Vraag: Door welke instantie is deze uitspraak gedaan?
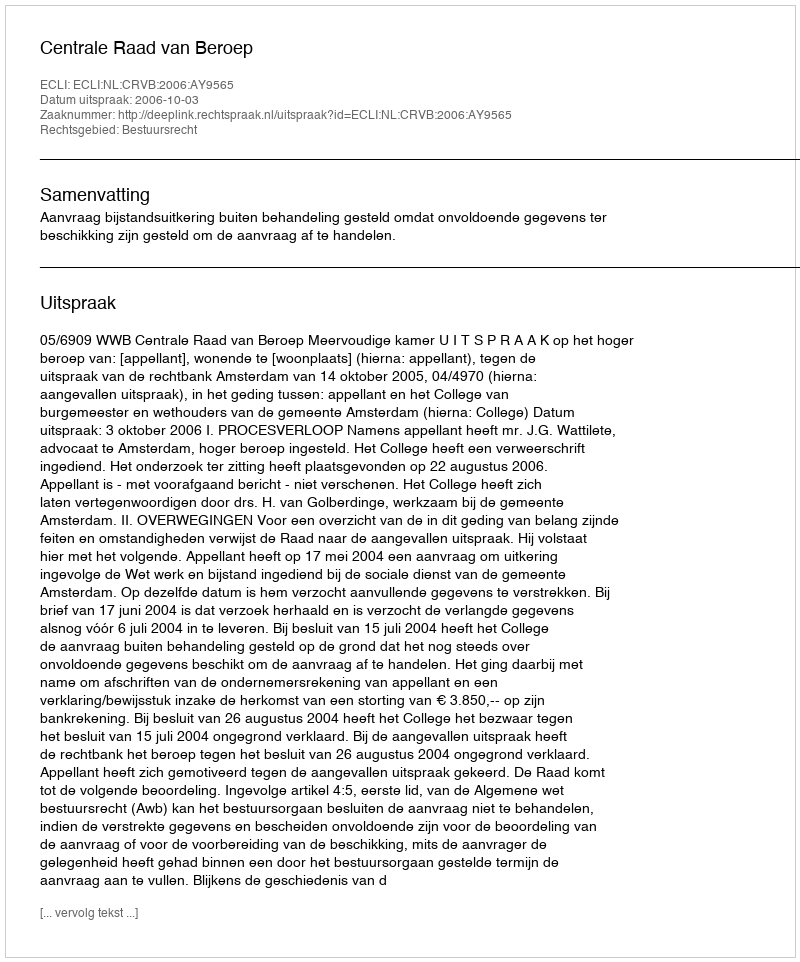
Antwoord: Centrale Raad van Beroep